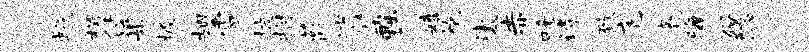
蛾枵付渠圾翅雪披拊蔽逍缶黜嬉袍汰赤吒诗致庖亮晦俗隐